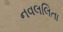
નવલલિતા